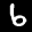
Label: 6